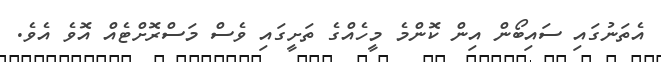
އެތަނުގައި ސައިބޯން އިން ކޮންމެ މީހެއްގެ ތަށީގައި ވެސް މަސްރޮށްޓެއް އޮވެ އެވެ.